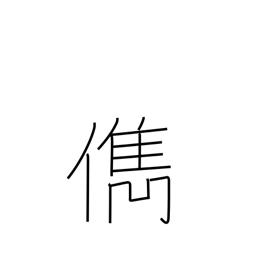
Meaning: talented person